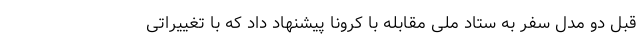
قبل دو مدل سفر به ستاد ملی مقابله با کرونا پیشنهاد داد که با تغییراتی